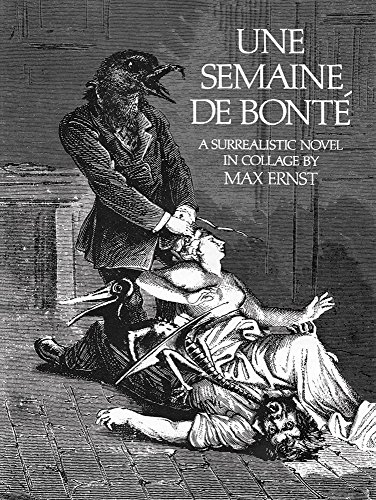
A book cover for Une Semaine De Bonte: A Surrealistic Novel in Collage; Max Ernst; Arts & Photography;